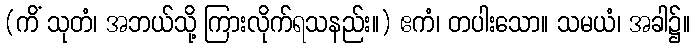
(ကိံ သုတံ၊ အဘယ်သို့ ကြားလိုက်ရသနည်း။) ဧကံ၊ တပါးသော။ သမယံ၊ အခါ၌။